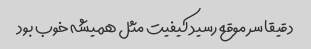
دقیقا سر موقع رسید کیفیت مثل همیشه خوب بود